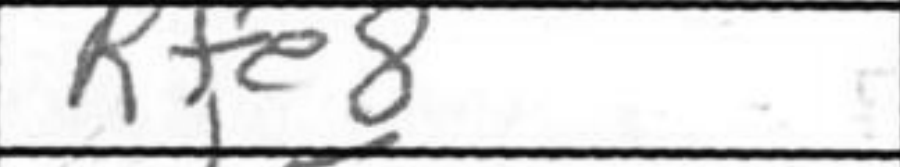
Transcription: Rfe8